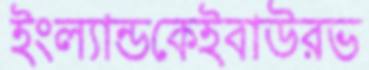
ইংল্যান্ডকেইবাউরভ